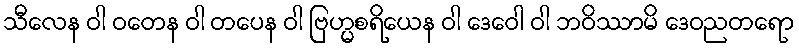
သီလေန ဝါ ဝတေန ဝါ တပေန ဝါ ဗြဟ္မစရိယေန ဝါ ဒေဝေါ ဝါ ဘဝိဿာမိ ဒေဝညတရော